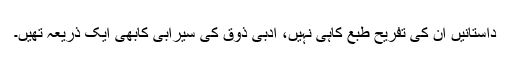
داستانیں ان کی تفریحِ طبع کاہی نہیں، ادبی ذوق کی سیرابی کابھی ایک ذریعہ تھیں۔